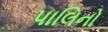
પાલિનો